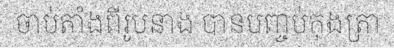
ចាប់តាំងពីរូបនាង បានបញ្ចប់កុងត្រា